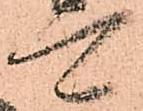
可